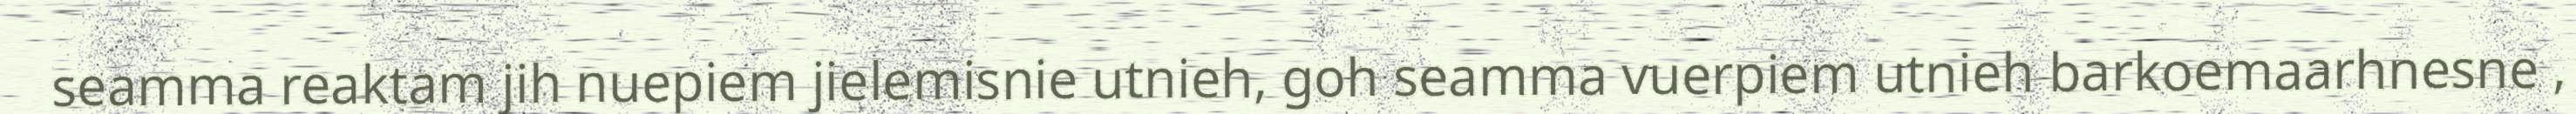
seamma reaktam jih nuepiem jielemisnie utnieh, goh seamma vuerpiem utnieh barkoemaarhnesne ,